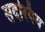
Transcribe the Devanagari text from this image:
सदस्यिय